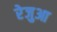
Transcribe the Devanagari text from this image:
रेजुआ